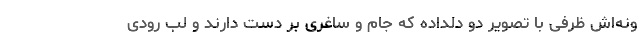
ونه‌اش ظرفی با تصویر دو دلداده که جام و ساغری بر دست دارند و لب رودی